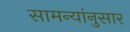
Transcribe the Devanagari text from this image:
सामन्यांनुसार